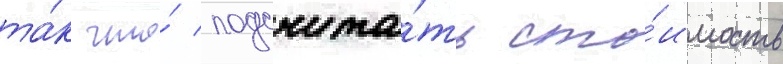
та́к что́ подсчита́ть сто́имость